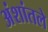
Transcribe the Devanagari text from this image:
अंशांतले